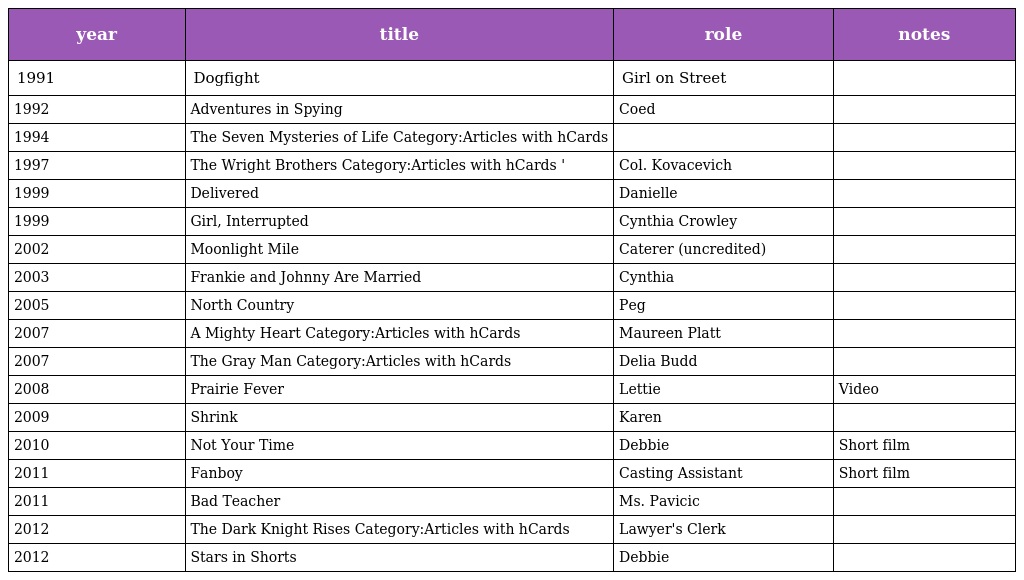
| year | title | role | notes |
 | --- | --- | --- | --- |
 | 1991 | Dogfight | Girl on Street |  |
 | 1992 | Adventures in Spying | Coed |  |
 | 1994 | The Seven Mysteries of Life Category:Articles with hCards |  |  |
 | 1997 | The Wright Brothers Category:Articles with hCards ' | Col. Kovacevich |  |
 | 1999 | Delivered | Danielle |  |
 | 1999 | Girl, Interrupted | Cynthia Crowley |  |
 | 2002 | Moonlight Mile | Caterer (uncredited) |  |
 | 2003 | Frankie and Johnny Are Married | Cynthia |  |
 | 2005 | North Country | Peg |  |
 | 2007 | A Mighty Heart Category:Articles with hCards | Maureen Platt |  |
 | 2007 | The Gray Man Category:Articles with hCards | Delia Budd |  |
 | 2008 | Prairie Fever | Lettie | Video |
 | 2009 | Shrink | Karen |  |
 | 2010 | Not Your Time | Debbie | Short film |
 | 2011 | Fanboy | Casting Assistant | Short film |
 | 2011 | Bad Teacher | Ms. Pavicic |  |
 | 2012 | The Dark Knight Rises Category:Articles with hCards | Lawyer's Clerk |  |
 | 2012 | Stars in Shorts | Debbie |  |